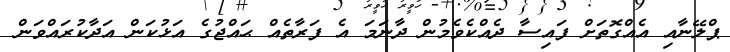
ޕްލޭނާއި އެއްގޮތަށް ފައިސާ ދެއްކެވެމުން ދާނަމަ އެ ފަރާތެއް ޙައްޖުގެ އަޅުކަން އަދާކުރައްވަން